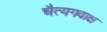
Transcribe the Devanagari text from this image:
चैत्यगवाक्ष